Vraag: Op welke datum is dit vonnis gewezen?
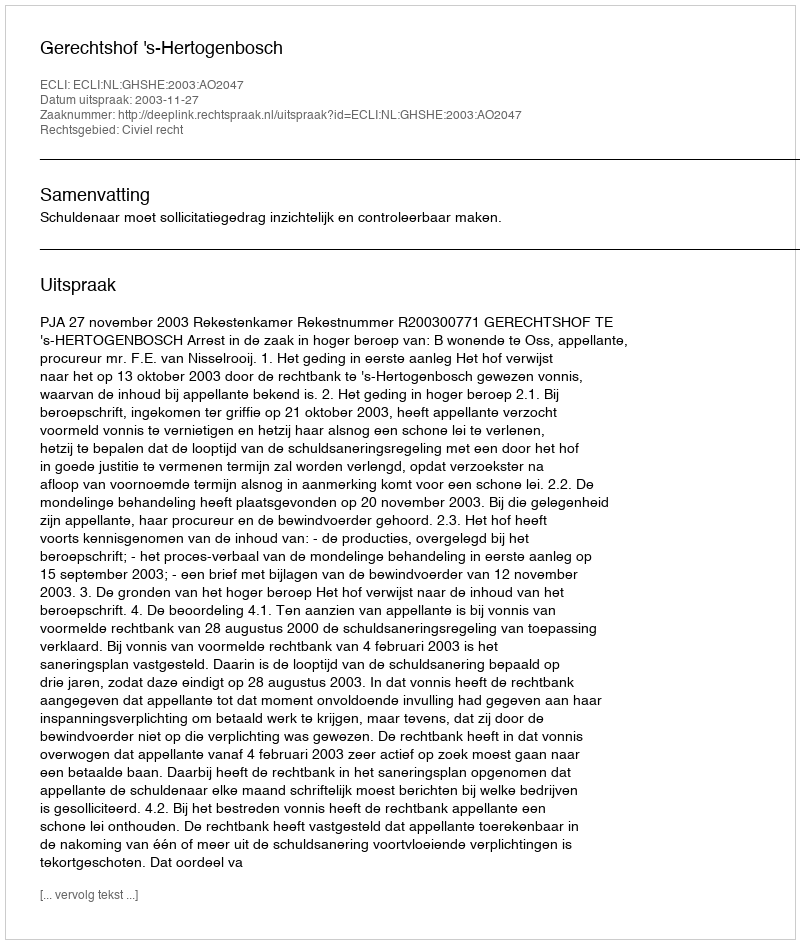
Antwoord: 2003-11-27